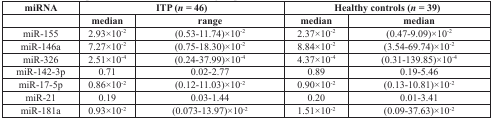
<table><thead><tr><td><b>miRNA</b></td><td colspan="2"><b>ITP (<i>n</i> = 46)</b></td><td colspan="2"><b>Healthy controls (<i>n</i> = 39)</b></td></tr><tr><td></td><td><b>median</b></td><td><b>range</b></td><td><b>median</b></td><td><b>median</b></td></tr></thead><tbody><tr><td>miR-155</td><td>2.93×10<sup>−2</sup></td><td>(0.53-11.74)×10<sup>−2</sup></td><td>2.37×10<sup>−2</sup></td><td>(0.47-9.09)×10<sup>−2</sup></td></tr><tr><td>miR-146a</td><td>7.27×10<sup>−2</sup></td><td>(0.75-18.30)×10<sup>−2</sup></td><td>8.84×10<sup>−2</sup></td><td>(3.54-69.74)×10<sup>−2</sup></td></tr><tr><td>miR-326</td><td>2.51×10<sup>−4</sup></td><td>(0.24-37.99)×10<sup>−4</sup></td><td>4.37×10<sup>−4</sup></td><td>(0.31-139.85)×10<sup>−4</sup></td></tr><tr><td>miR-142-3p</td><td>0.71</td><td>0.02-2.77</td><td>0.89</td><td>0.19-5.46</td></tr><tr><td>miR-17-5p</td><td>0.86×10<sup>−2</sup></td><td>(0.12-11.03)×10<sup>−2</sup></td><td>0.90×10<sup>−2</sup></td><td>(0.13-10.81)×10<sup>−2</sup></td></tr><tr><td>miR-21</td><td>0.19</td><td>0.03-1.44</td><td>0.20</td><td>0.01-3.41</td></tr><tr><td>miR-181a</td><td>0.93×10<sup>−2</sup></td><td>(0.073-13.97)×10<sup>−2</sup></td><td>1.51×10<sup>−2</sup></td><td>(0.09-37.63)×10<sup>−2</sup></td></tr></tbody></table>